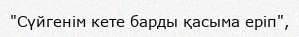
"Сүйгенім кете барды қасыма еріп",